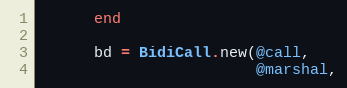
Language: Ruby
      end

      bd = BidiCall.new(@call,
                        @marshal,